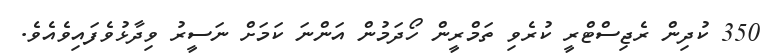
350 ކުދިން ރެޖިސްޓްރީ ކުރެވި ތަމްރީން ހޯދަމުން އަންނަ ކަމަށް ނަސީރު ވިދާޅުވެފައިވެއެވެ.